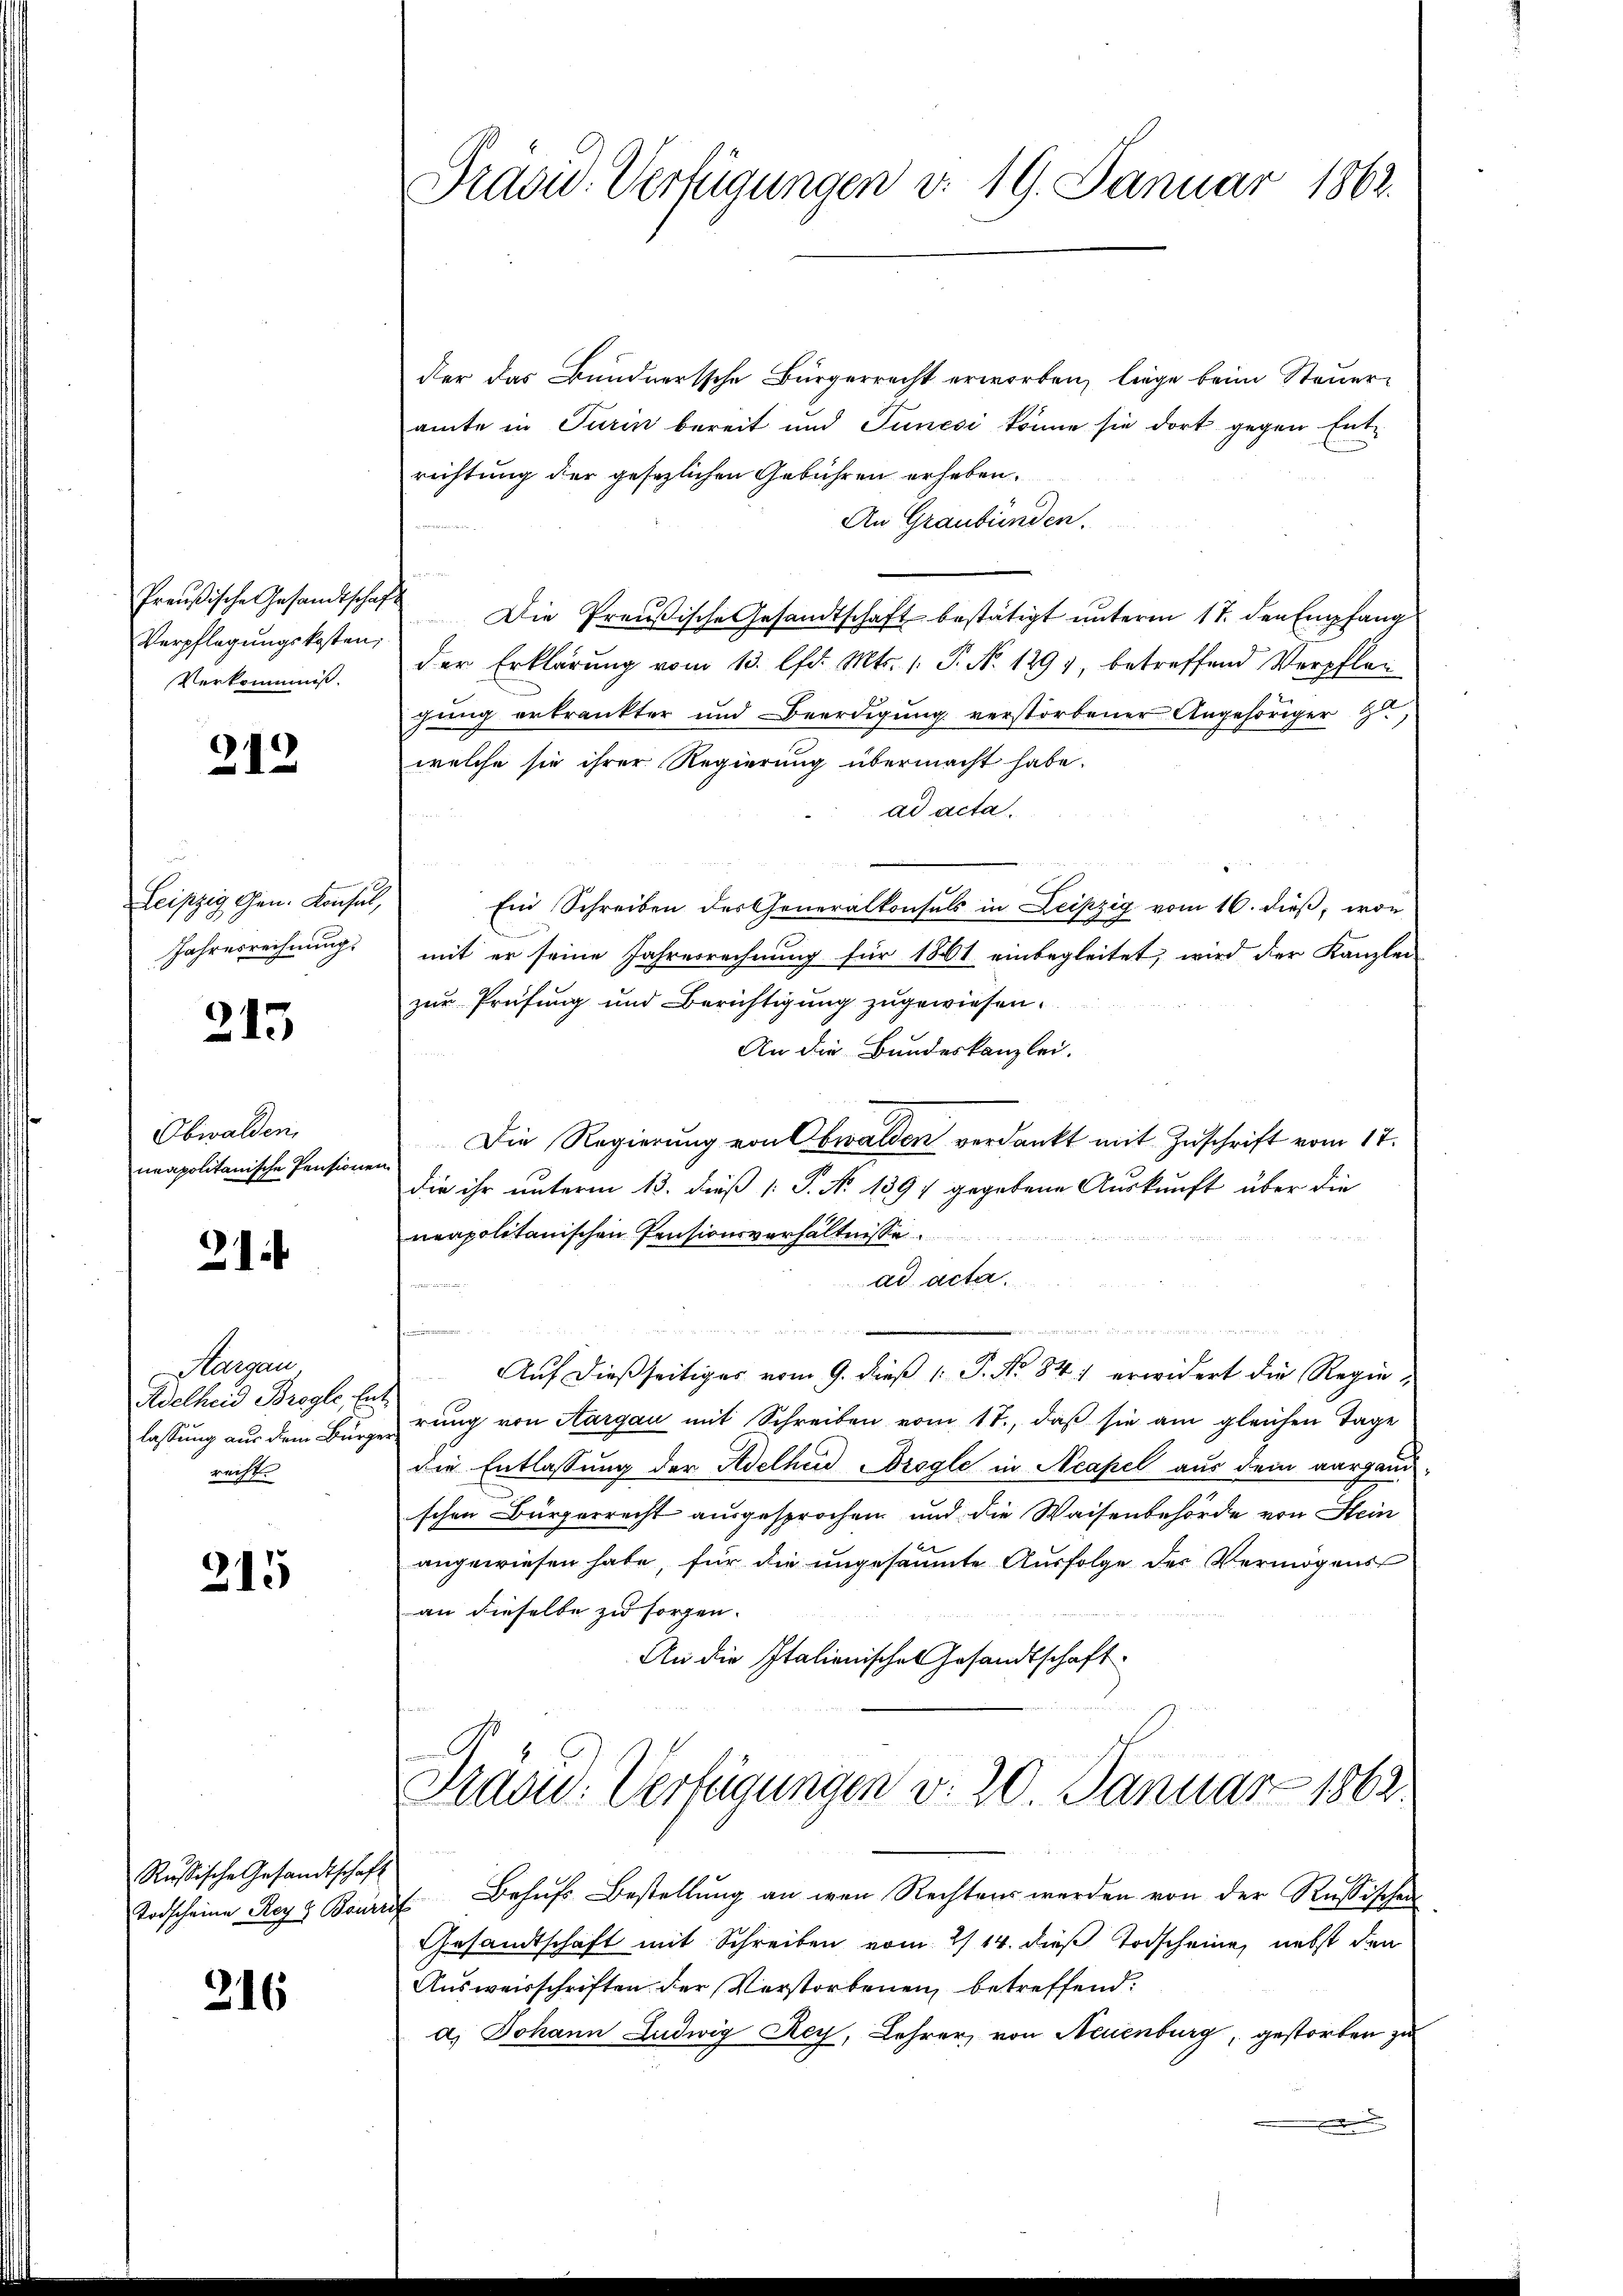
Preußische Gesandtschaf
Verpflegungskosten;
Verkommniß.

212

Leipzig Gen. Konsul,
Jahresrechnung.

215

Obwalden,
neapolitanische Pensione

21

Aargau
Adelheid Brogle, En
lassung aus dem Bürge
recht

315

Russische Gesandtschaft
Todscheine Rey 8 Bourr

216

Präsid. Verfügungen v. 19. Januar 1862.

der das Bundnertsche Bürgerrecht erworben, liege beim Steueramte in Turin bereit und Junesi könne sie dort gegen Entrichtung der gesezlichen Gebühren erhaben.
An Graubünden.
 Die Preußische Gesandtschaft bestätigt ŭnterm 17. den Empfang
der Erklärung vom 13. lfd. Mts. 1. P. No 1294, betreffend Verpflegung erkrankter und Beerdigung verstorbener Angehöriger zu
welche sie ihrer Regierung übermacht habe.
ad acta.
Ein Schreiben des Generalkonsuls in Leipzig vom 16. dieß, wor
mit er seine Jahresrechnung für 1861 einbegleitet, wird der Kanzlei-
zur Prüfung und Berichtigung zugewiesen.
An die Bundeskanzlei.
Die Regierung von Obwalden verdankt mit Zuschrift vom 17.
die ihr unterm 13. dieß [ P. No 1391 gegebene Auskunft über die
neapolitanischen Pensionsverhältnisse
ad acta.
.
u
Auf dießseitiges vom 9. dieß P. No 841 erwidert die Regierung von Aargau mit Schreiben vom 17., daß sie am gleichen Tage
die Entlassung der Adelheid Brogle in Neapel aus dem aargaud-
schen Bürgerrecht ausgesprochen und die Waisenbehörde von Hein
angewiesen habe, für die ungesäumte Ausfolge des Vermögens
an dieselbe zu sorgen.
An die Italienisches Gesandtschaft
Präsid.: Verfügungen v. 20 Januar 1862
 Behufs Bestellung an den Rechtens werden von der Russischen
Gesandtschaft mit Schreiben vom 2/14. dieß Todscheine, nebst den
Ausweisschriften der Verstorbenen, betreffend.
a) Johann Ludwig Rey, Lehrer, von Neuenburg, gestorben zu
.